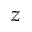
z